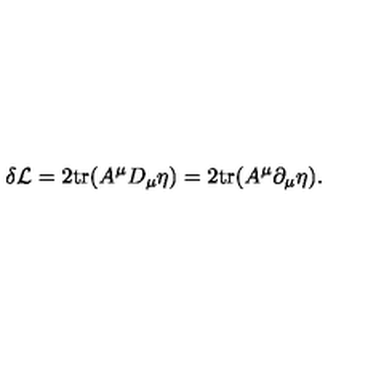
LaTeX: \delta { \cal L } = 2 \mathrm { t r } ( A ^ { \mu } D _ { \mu } \eta ) = 2 \mathrm { t r } ( A ^ { \mu } \partial _ { \mu } \eta ) .